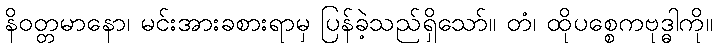
နိဝတ္တမာနော၊ မင်းအားခစားရာမှ ပြန်ခဲ့သည်ရှိသော်။ တံ၊ ထိုပစ္စေကဗုဒ္ဓါကို။